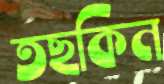
তছকিন